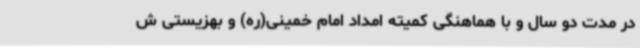
در مدت دو سال و با هماهنگی کمیته امداد امام خمینی(ره) و بهزیستی ش